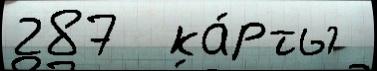
287  ка́рты